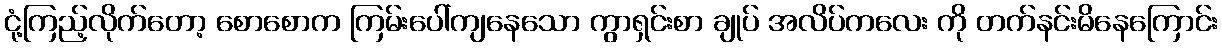
ငုံ့ကြည့်လိုက်တော့ စောစောက ကြမ်းပေါ်ကျနေသော ကွာရှင်းစာ ချုပ် အလိပ်ကလေး ကို တက်နင်းမိနေကြောင်း